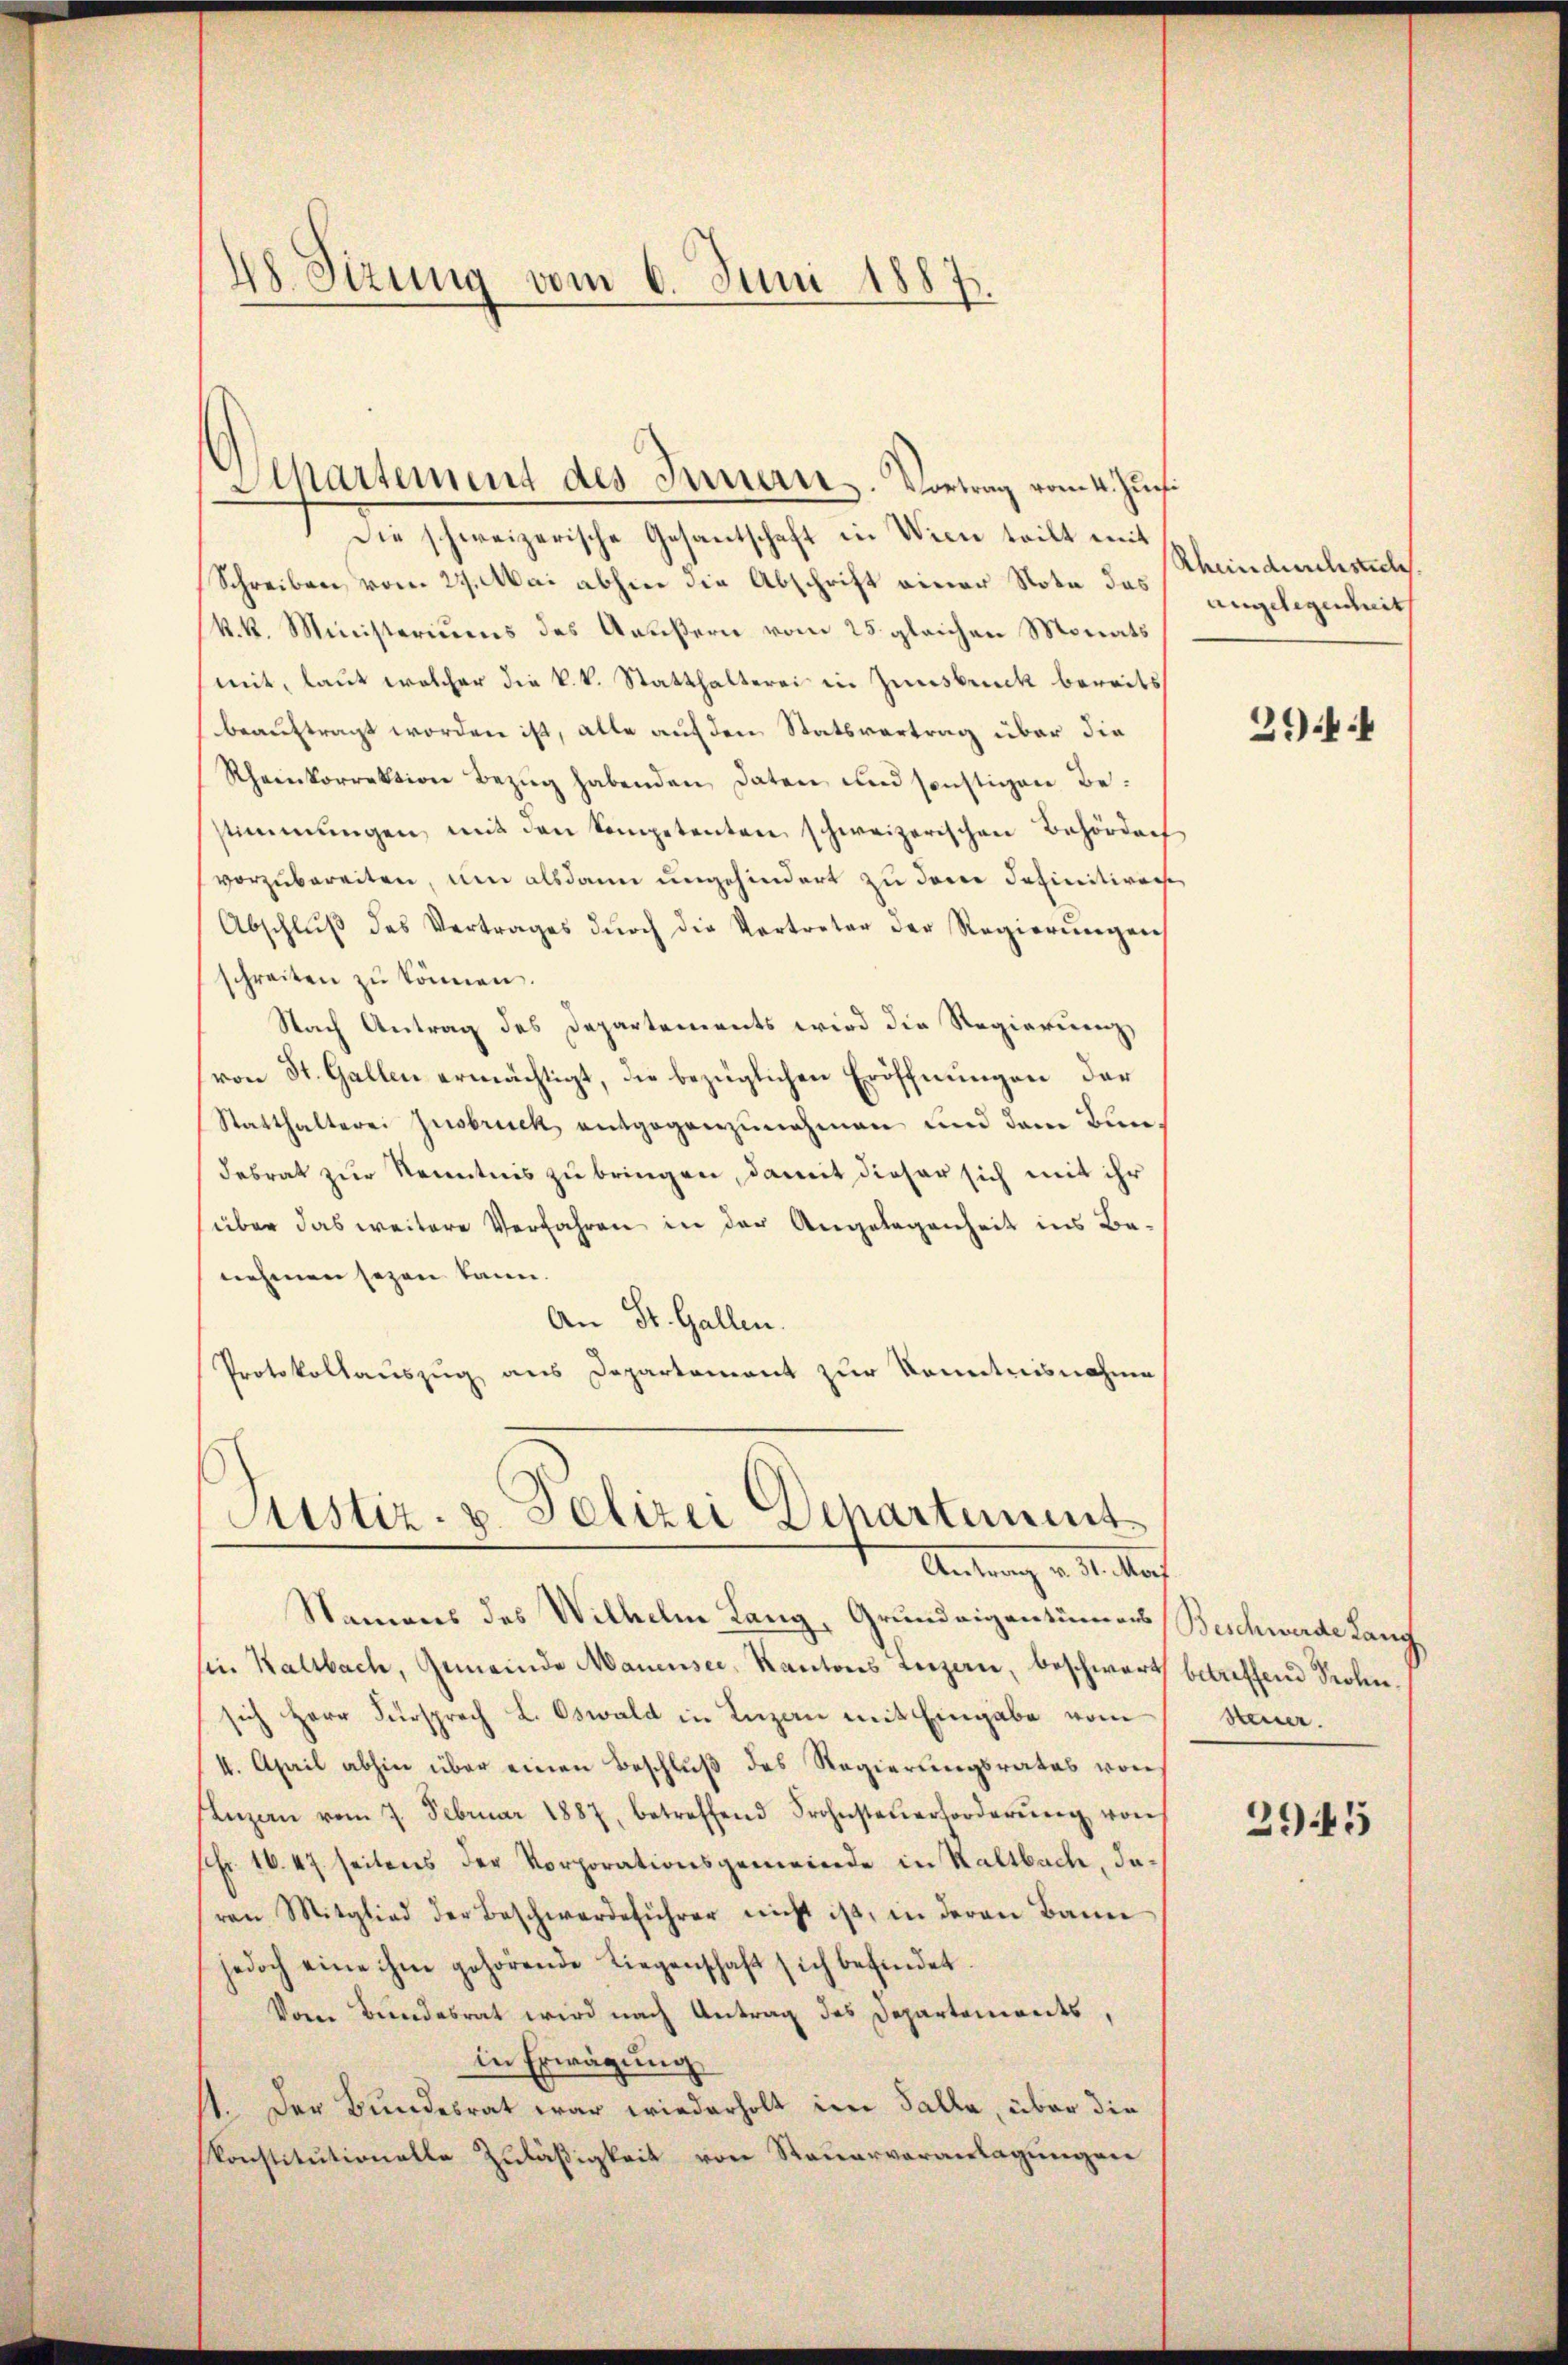
48. Sizung vom 6. Juni 1887.

Apartement des Innern. Vortrag vom 4. Jun.

Die schweizerische Gesantschaft in Wien teilt mit
Schreiben vom 27. Mai abhin die Abschrift einer Nota das
k.k. Ministeriums des Aeußern vom 25. gleichen Monats
mit, laut welcher die k.k. Statthalterei in Zinsbruck bereits
beauftragt worden ist, alle auf den Statsvertrag über die
Rheinkorrektion Bezŭg habenden Daten und sonstigen Bestimmungen, mit den Competenten schweizerischen Behördach
vorzubereiten, um alsdann ungehindert zu dem definitiven
Abschlŭβ des Vertrages dŭrch die Vertreter der Regierŭngen
schreiten zu können.
Nach Antrag des Departements wird die Regierung,
von St. Gallen ermächtigt, die bezüglichen Eröffnungen der
Statthalterei Insbruck, entgegenzunehmen und dem Bundebrat zur Kenntnis zu bringen, damit dieser sich mit ihr
über das weitere Verfahren in der Angelegenheit ins Be-
nehmen seyen kann.
An St. Gallen.
Protokollauszug aus Departement zur Kenntnisnahme

Justiz- & Polizei Departements
Antrag v. M. auch

Namens des Wilhelm Lang, Grundeigentümers
sie. Kaltbach, Gemeinde Manensee, Kantons Luzern, beschwert betreffend Frohnsich Herr Fürsprech L. Oswald in Luzan mit Eingabe vom
4. April abhin über einen Beschlŭβ des Regierungsrates von
Inzen vom 7. Februar 1887, betreffend Frohnsteŭerforderŭng von
Fr. 16. 47 seitens der Vorporationsgemeinde in Kaltbach, daren Mitglied der Beschwerdeführer nicht ist, in deren Bann
jedoch eine ihm gehörende Liegenschaft sich befindet
Voren Bundesrat wird nach Antrag des Departenants,
in Erwägung
11. Der Bundesrat war wiederholt im Falle, über die
konstitutionelle Zuläßigkeit von Steuerveranlagungen

Rhein durchsich
angelegenheit

3944

Beschwerde Lang
Steuer.

2945